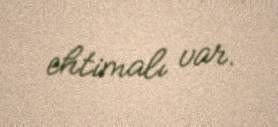
ehtimalı var.